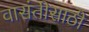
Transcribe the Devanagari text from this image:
वासंतीसाठी